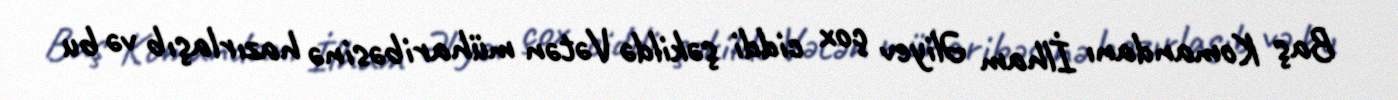
Baş Komandanı İlham Əliyev çox ciddi şəkildə Vətən müharibəsinə hazırlaşıb və bu